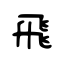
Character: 飛